NAE_kihelkonnakohtute_kirjad_ja_protokollid_1869-1889, lk 6
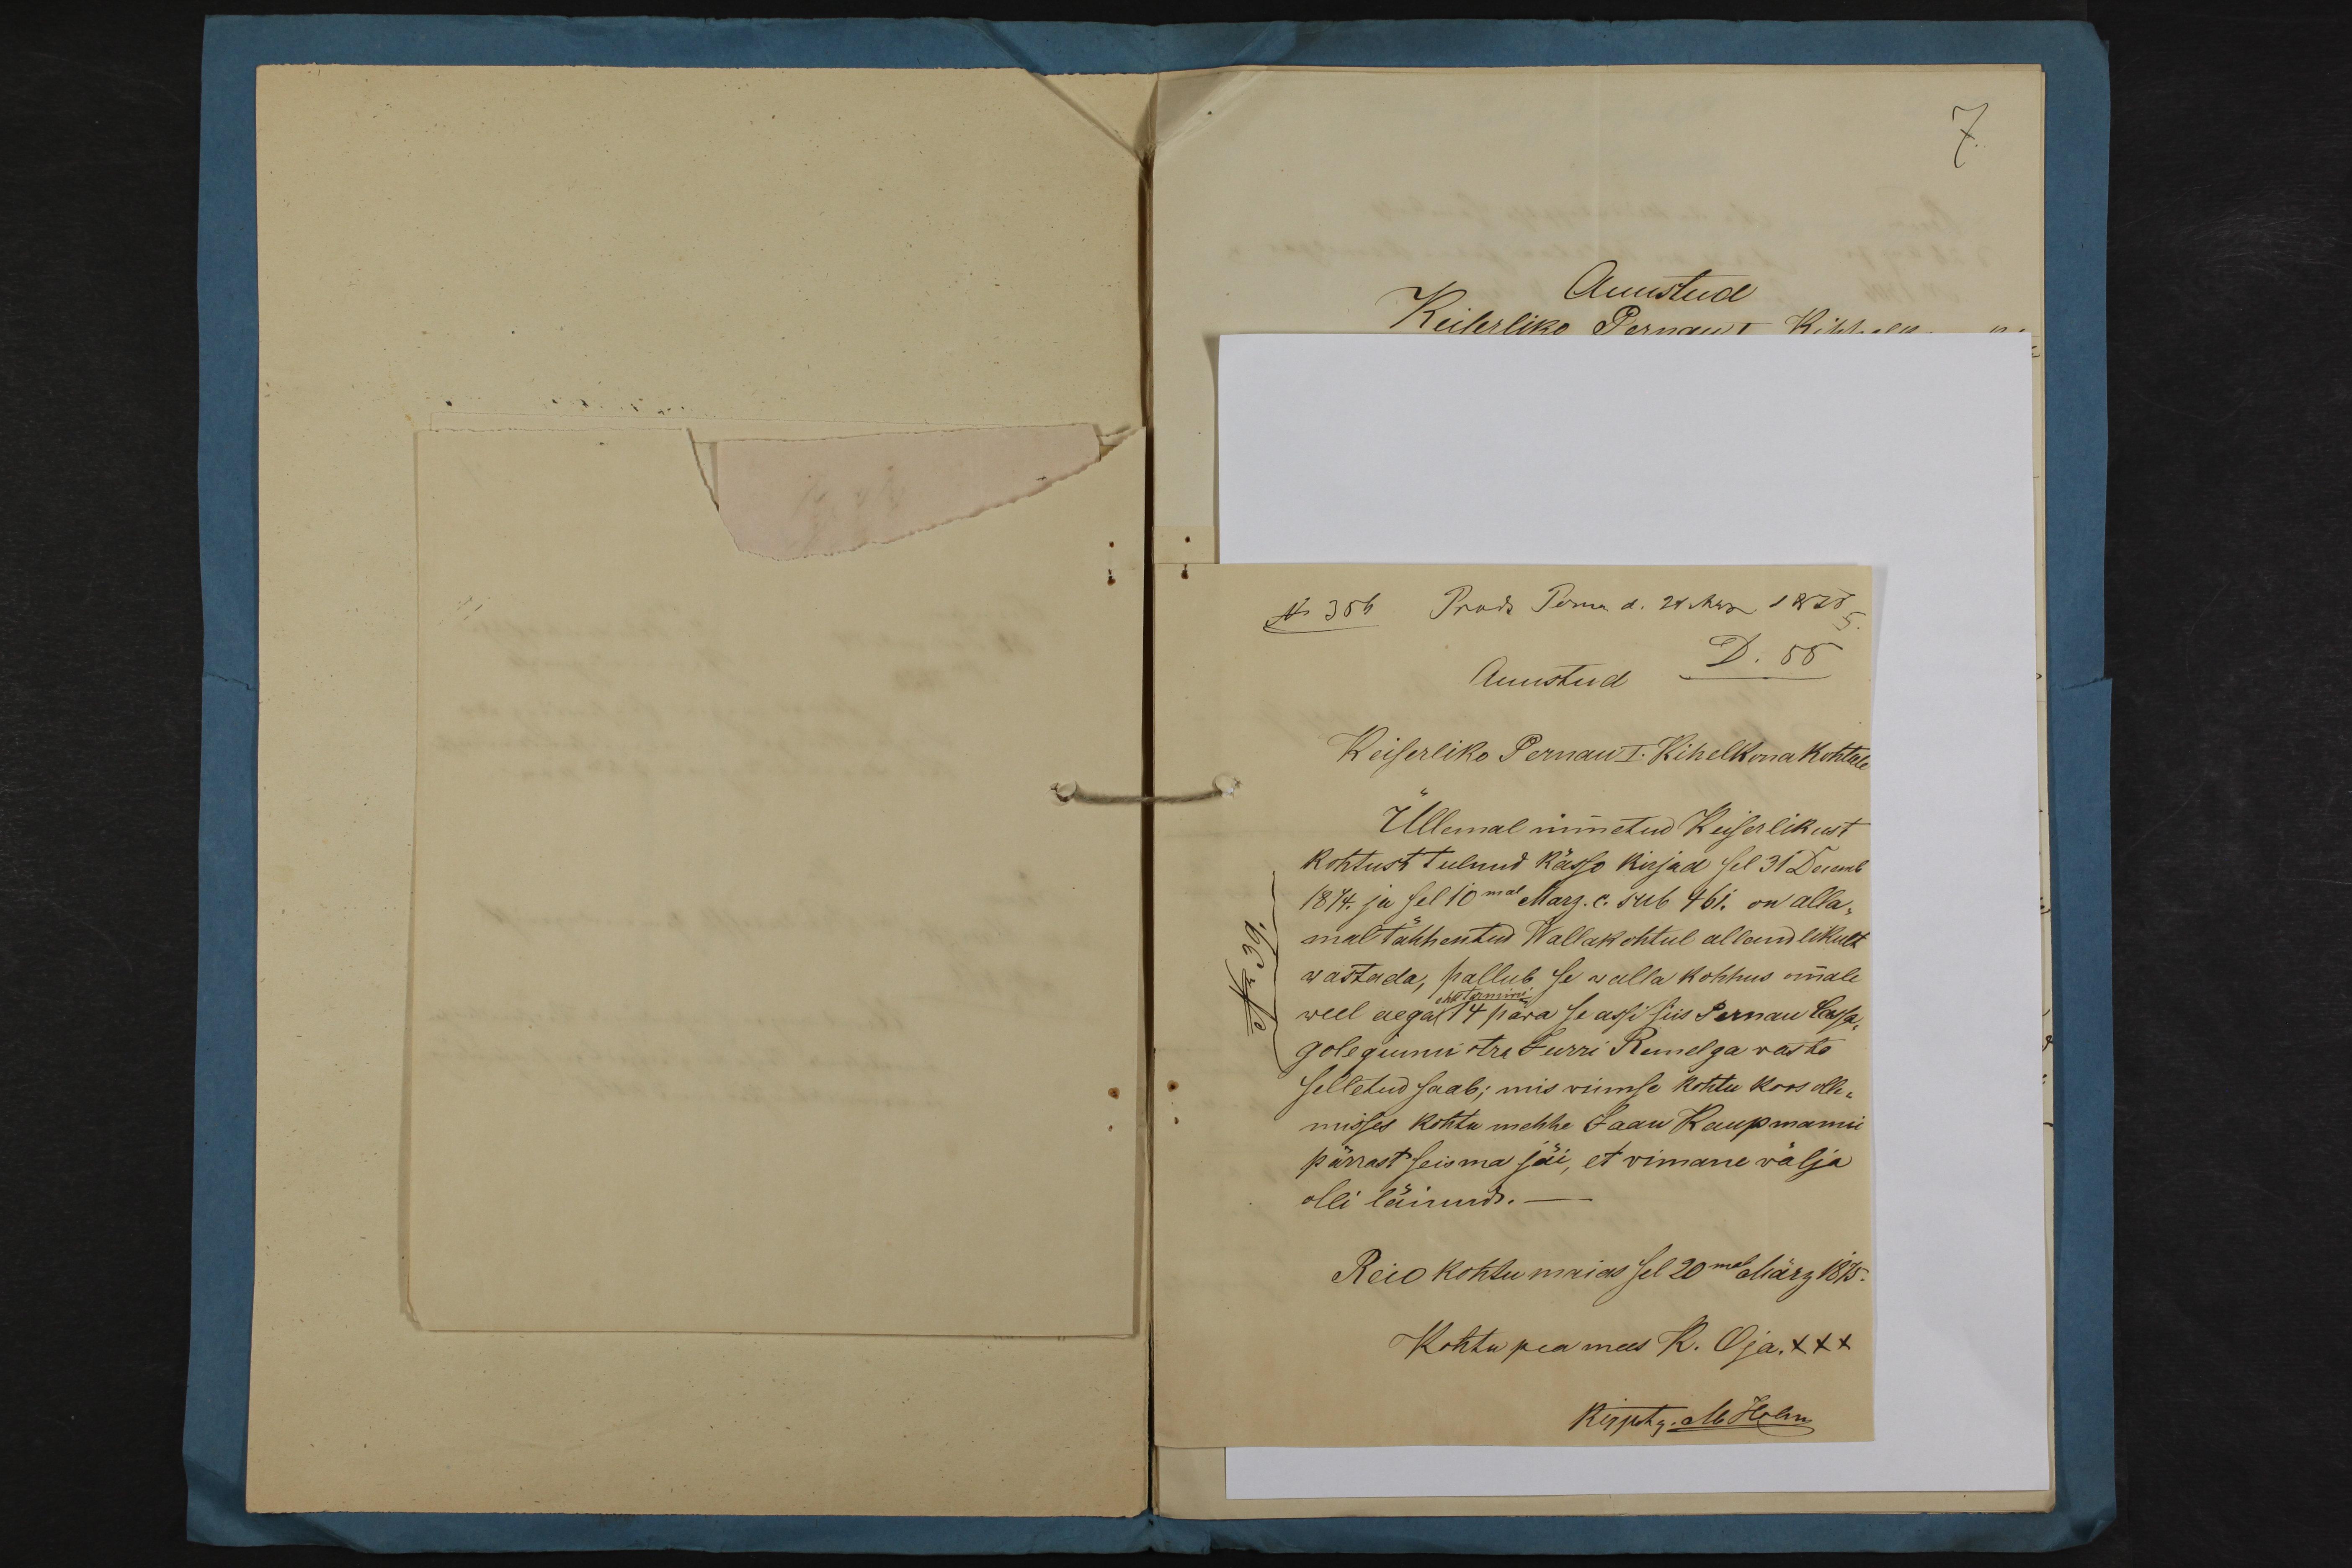
Auustud D. 55
Keiserliko Pernau I. Kihelkonakohtule
Üllemal mimetud Keiserlikust
kohtust tulnud kässo kirjad sel 31 Decemb.
1874. ja sel 10mal Marz. c. sub 461. on alla-
mal tähhentu Wallakohtul allandlikult
wastada, pallub se walla kohhus omale
weel aega 14 päwa se assi siis Pernau Cassa-
golegiumi ctra Jurri Remelga wasto
Selletud saab; mis viimse kohtu koos olle-
misses kohtu mehhe Jaan Kaupmanni
pärrast seisma jäi, et vimane välja
olli läinud.-
Reio kohtumaias sel 20mal März 1875